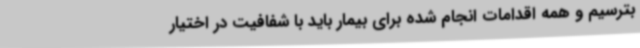
بترسیم و همه اقدامات انجام شده برای بیمار باید با شفافیت در اختیار